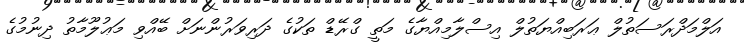
އަލްމަދްރަސަތުލް ޢަރަބިއްޔަތުލް އިސްލާމިއްޔާގެ މަތީ ގްރޭޑް ތަކުގެ ދަރިވަރުންނަށް ބޭއްވި މަޢުލޫމާތު ދިނުމުގެ